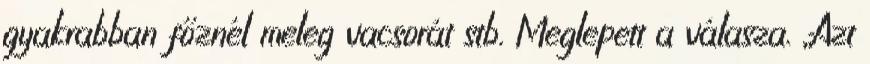
gyakrabban főznél meleg vacsorát stb. Meglepett a válasza. „Azt